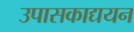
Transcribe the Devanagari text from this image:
उपासकाद्ययन